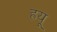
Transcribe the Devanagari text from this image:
ह्रयू